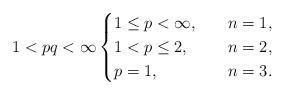
LaTeX: \begin{align*}1<pq<\infty\begin{cases}1\leq p<\infty, \ \ \ &n=1,\\1<p\leq2,\ \ \ &n=2,\\p=1,\ \ \ &n=3.\end{cases}\end{align*}